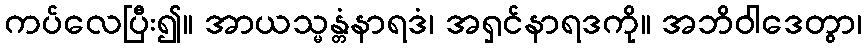
ကပ်လေပြီး၍။ အာယသ္မန္တံနာရဒံ၊ အရှင်နာရဒကို။ အဘိဝါဒေတွာ၊